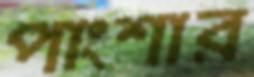
পাংশার